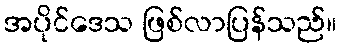
အပိုင်ဒေသ ဖြစ်လာပြန်သည်။